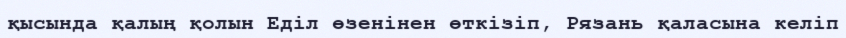
қысында қалың қолын Еділ өзенінен өткізіп, Рязань қаласына келіп